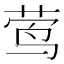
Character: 莺